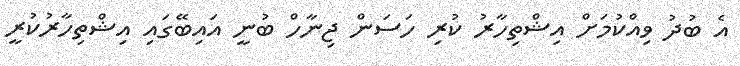
އެ ބުދު ވިއްކުމަށް އިޝްތިހާރު ކުރި ހަސަން ޖިނާހް ބުނީ އައިބޭގައި އިޝްތިހާރުކުރީ